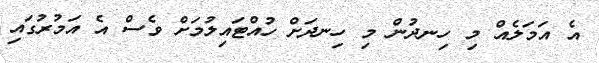
އެ އަމަލެއް މި ހިނދުން މި ހިނދަށް ހުއްޓައިލުމަށް ވެސް އެ އަމުރުގައި